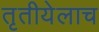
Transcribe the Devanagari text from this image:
तृतीयेलाच